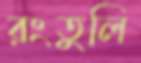
রংতুলি